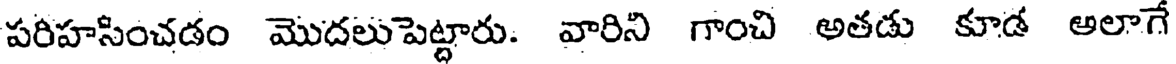
పరిహసించడం మొదలుపెట్టారు. వారిని గాంచి అతడు కూడ అలాగే